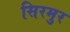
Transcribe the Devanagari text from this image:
सिरमुर